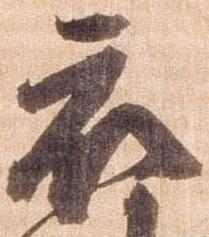
被